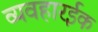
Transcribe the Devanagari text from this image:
व्यवहारईक